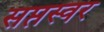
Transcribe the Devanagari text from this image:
सप्तस्वर